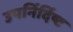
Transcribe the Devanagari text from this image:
उपर्निर्दिष्ट